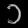
Digit: ၁